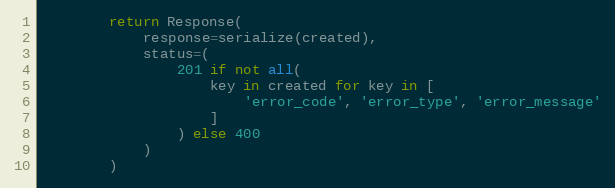
Language: Python
        return Response(
            response=serialize(created),
            status=(
                201 if not all(
                    key in created for key in [
                        'error_code', 'error_type', 'error_message'
                    ]
                ) else 400
            )
        )